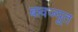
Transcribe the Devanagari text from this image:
बावज्यूत